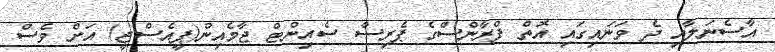
އާސެނަލާއި ދެ ވަނައިގައި އޮތް ފްރާންސްގެ ޕެރިސް ސެއިންޓް ޖާމެއިން(ޕީއެސްޖީ) އަށް ވެސް